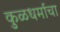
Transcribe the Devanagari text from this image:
कुळधर्माचा